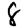
Digit: 8